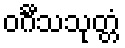
ဝင်္ဂီသသုတ္တံ